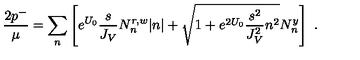
{ \frac { 2 p ^ { - } } { \mu } } = \sum _ { n } \left[ e ^ { U _ { 0 } } { \frac { s } { J _ { V } } } N _ { n } ^ { r , w } | n | + \sqrt { 1 + e ^ { 2 U _ { 0 } } { \frac { s ^ { 2 } } { J _ { V } ^ { 2 } } } n ^ { 2 } } N _ { n } ^ { y } \right] \ .